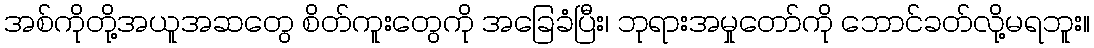
အစ်ကိုတို့အယူအဆတွေ စိတ်ကူးတွေကို အခြေခံပြီး၊ ဘုရားအမှုတော်ကို ဘောင်ခတ်လို့မရဘူး။